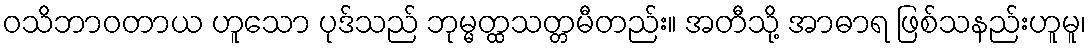
ဝသိဘာဝတာယ ဟူသော ပုဒ်သည် ဘုမ္မတ္ထသတ္တမီတည်း။ အတီသို့ အာဓာရ ဖြစ်သနည်းဟူမူ၊